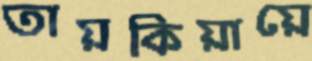
তায়কিয়ায়ে